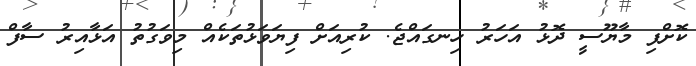
ކޮށްފި މާޔޫސީ ދޮޅު އަހަރު ހިނގައްޖެ. ކުރިއަށް ފިޔަވަޅުތަކެއް މިވަގުތު އަޅާއިރު ސާފް